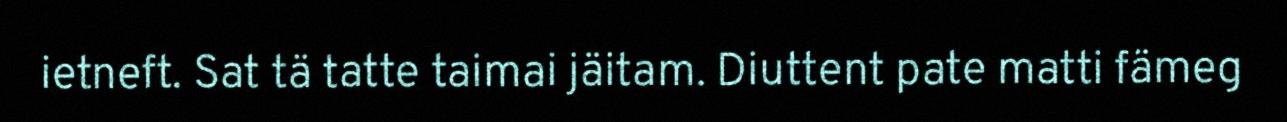
ietneft. Sat tä tatte taimai jäitam. Diuttent pate matti fämeg